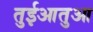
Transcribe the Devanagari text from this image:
तुईआतुआ